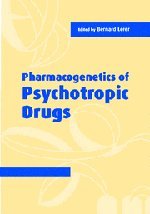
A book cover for Pharmacogenetics of Psychotropic Drugs; Medical Books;